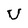
Character: U